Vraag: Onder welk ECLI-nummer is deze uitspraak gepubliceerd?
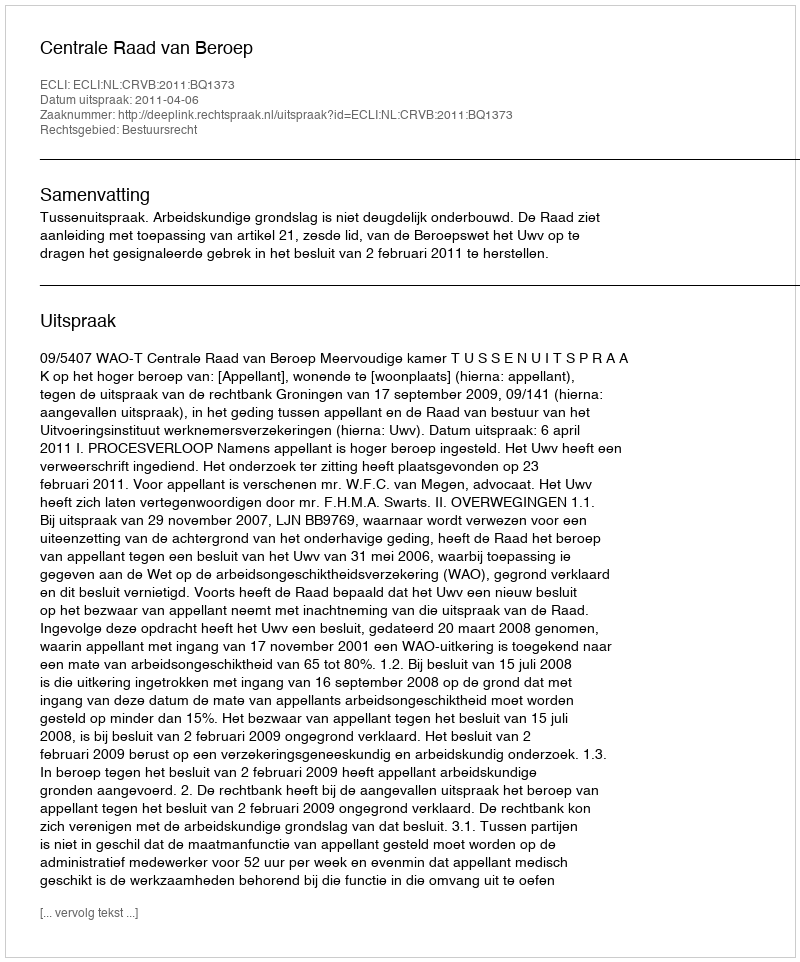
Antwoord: ECLI:NL:CRVB:2011:BQ1373